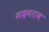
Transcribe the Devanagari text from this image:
मदनराव